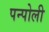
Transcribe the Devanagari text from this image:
पन्पोली